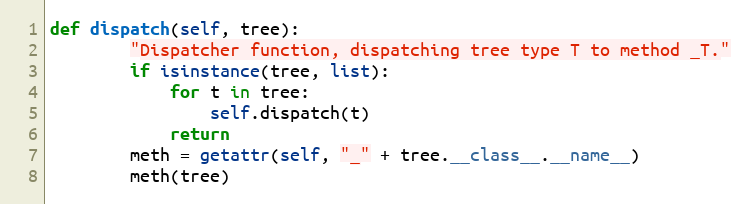
Language: Python
def dispatch(self, tree):
        "Dispatcher function, dispatching tree type T to method _T."
        if isinstance(tree, list):
            for t in tree:
                self.dispatch(t)
            return
        meth = getattr(self, "_" + tree.__class__.__name__)
        meth(tree)